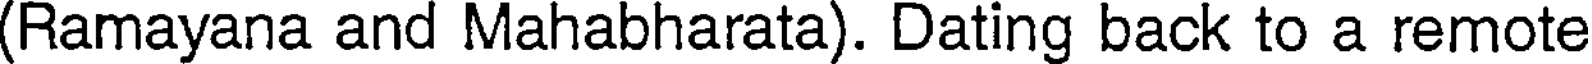
(Ramayana and Mahabharata). Dating back to a remote